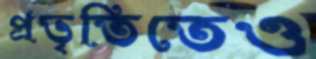
প্রভৃতিতেও